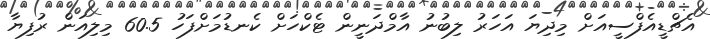
އެޗްޑީއެފްސީއަށް މިދިޔަ އަހަރު ލިބުނު އާމްދަނީން ޓެކްހަށް ކެނޑުމަށްފަހު 60.5 މިލިއަން ރުފިޔާ